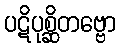
ပဋိပုစ္ဆိတဗ္ဗော